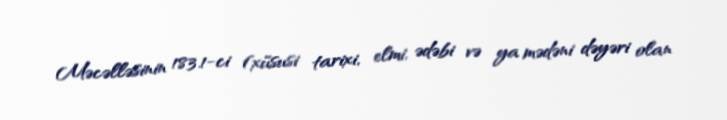
Məcəlləsinin 183.1-ci (xüsusi tarixi, elmi, ədəbi və ya mədəni dəyəri olan